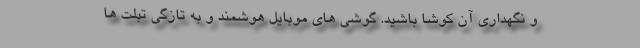
و نگهداری آن کوشا باشید. گوشی های موبایل هوشمند و به تازگی تبلت ها